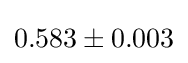
0.583\pm 0.003